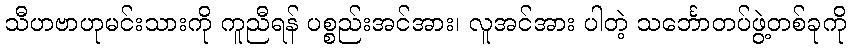
သီဟဗာဟုမင်းသားကို ကူညီရန် ပစ္စည်းအင်အား၊ လူအင်အား ပါတဲ့ သင်္ဘောတပ်ဖွဲ့တစ်ခုကို